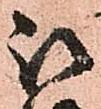
被